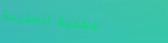
مكتبة المدينة